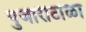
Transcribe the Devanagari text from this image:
पुजारीटोळा